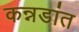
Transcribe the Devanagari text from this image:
कन्नडांत